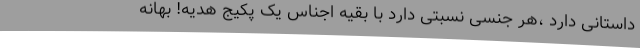
داستانی دارد ،هر جنسی نسبتی دارد با بقیه اجناس یک پکیج هدیه! بهانه